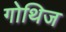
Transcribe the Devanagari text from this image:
गोथिज